Annual report of the Bengal Veterinary College and of the Civil Veterinary Department, Bengal, for the year 1913-1914 - 1913-1914
Year: 1913
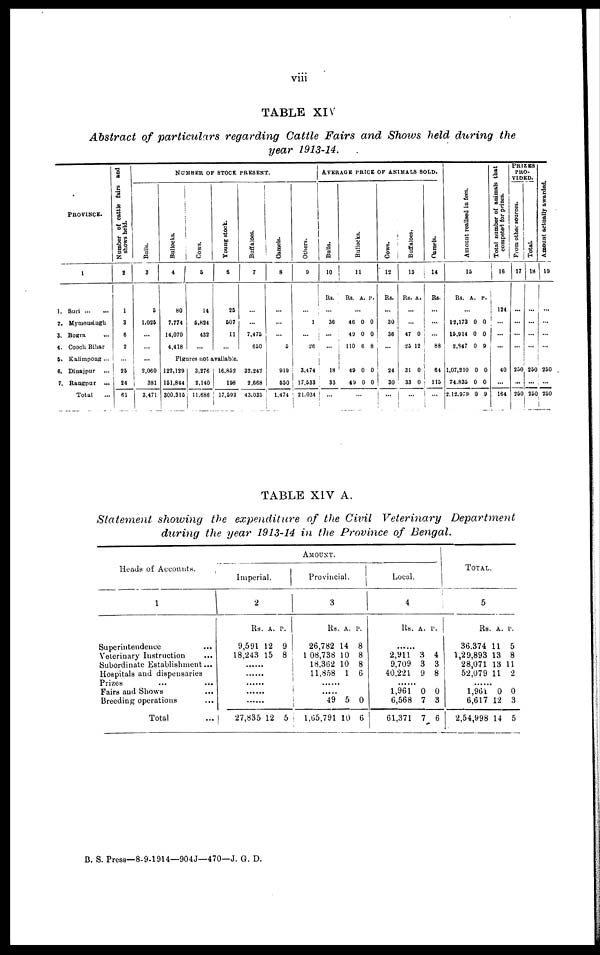
viii
Abstract of particulars regarding Cattle Fairs and Shows held during the
year 1913-14.
PROVINCE.
1
1. Suri
...
...
2. Mymensingh
3. Bogra ...
4. Coach Bihar
5. Kalimpong ...
6. Dinajpur
...
7. Rangpur ...
Total ...
Number of cattle fairs and
shows held.
2
1
3
6
2
...
23
24
61
NUMBER OF STOCK PRESENT.
Bulls.
3
5
1,026
...
...
...
2,060
381
3,471
Bullocks.
4
80
7,774
14,070
4,418
Cows.
5
14
5,824
432
...
Young stock.
6
25
507
11
...
Figures not available.
122,129
151,844
300,315
3,276
2,140
11,688
16,852
198
17,593
Buffaloes.
7
...
...
7,475
650
32,242
2,668
43,035
Camels.
8
...
...
...
5
919
550
1,474
Others.
9
...
1
...
26
3,474
17.533
21,034
AVERAGE PRICE OF ANIMALS SOLD.
Bulls.
10
Rs.
...
36
...
...
18
33
...
Bullocks.
11
Rs. A. p.
...
46 0 0
49 0 0
110 6 8
49 0 0
49 0 0
...
Cows.
12
Rs.
...
30
36
...
24
30
...
Buffaloes.
13
Rs. A.
...
...
47 0
25 12
31 0
33 0
...
Camels.
14
Rs.
...
...
...
88
64
115
...
Amount realised in fees.
15
Rs. A. p.
...
12,173 0 0
15,914 0 0
2347 0 9
1,07,210 0 0
74,835 0 0
2,12,979 0 9
Total number of animals that
competed for prizes.
16
124
...
...
...
40
...
164
PRIZES
PRO-
VIDED,
from other sources.
17
...
...
...
...
230
...
250
Total,
18
...
...
...
...
250
...
250
Amo u n t actually awarded.
19
...
...
...
...
230
...
250
TABLE XIV A.
Statement showing the expenditure of the Civil Veterinary Department
during the year 1913-14 in the Province of Bengal.
Heads of Accounts.
1
Superintendence ...
Veterinary Instruction ...
Subordinate Establishment ...
Hospitals and dispensaries
Prizes ... ...
Fairs and Shows ...
Breeding operations ...
Total ...
Imperial.
2
Rs. A. p.
9,591 12 9
18,243 15 8
......
|
27,835 12 5
Amount.
Provincial.
3
Rs. a. p.
26,782 14 8
1 08,738 10 8
18,362 10 8
11,858 1 6
.....
49 5 0
1,65,791 10 6
Local.
4
Rs. A. P.
.......
2,911 3 4
9,709 3 3
40,221 9 8
......
1,961 0 0
6,568 7 3
61,371 7 6
Total.
5
Rs. A. P.
36.374 11 5
1,29,893 13 8
28,071 13 11
52,079 11 2
......
1,961 0 0
6,617 12 3
2,54,998 14 5
B. S. Press—8-9-1914—904J—470—J. G. D.